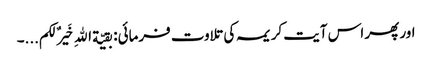
اور پھر اس آیت کریمہ کی تلاوت فرمائی: بقیّة اللهِ خَیرٌ لکم...۔